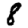
Digit: 8